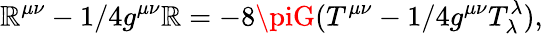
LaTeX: \mathbb{R}^{\mu\nu}-1/4g^{\mu\nu}\mathbb{R}=-8\piG(T^{\mu\nu}-1/4g^{\mu\nu}T_{\lambda}^{\lambda}),